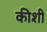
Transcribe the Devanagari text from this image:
कीशी